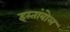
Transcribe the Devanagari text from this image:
इस्तांबोल